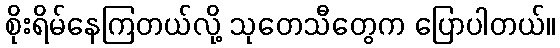
စိုးရိမ်နေကြတယ်လို့ သုတေသီတွေက ပြောပါတယ်။